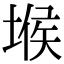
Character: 堠